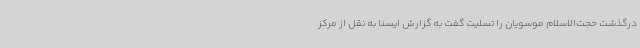
درگذشت حجت‌الاسلام موسویان را تسلیت گفت به گزارش ایسنا به نقل از مرکز